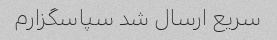
سریع ارسال شد سپاسگزارم